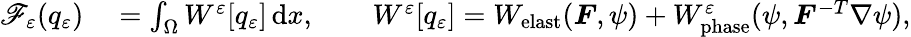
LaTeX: \begin{array}{rl}{\mathscr{F}_{\varepsilon}(q_{\varepsilon})}&{{}=\int_{\Omega}W^{\varepsilon}[q_{\varepsilon}]\, \mathrm{d}x,\qquad W^{\varepsilon}[q_{\varepsilon}]=W_{\mathrm{elast}}(\boldsymbol{F},\psi)+W_{\mathrm{phase}}^{\varepsilon}(\psi,\boldsymbol{F}^{-T}\nabla\psi),}\end{array}